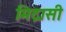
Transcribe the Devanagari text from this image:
मिद्रासी